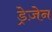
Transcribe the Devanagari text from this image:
ड्रेज़ेन